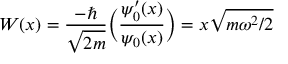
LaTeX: W ( x ) = { \frac { - \hbar } { \sqrt { 2 m } } } { \bigg ( } { \frac { \psi _ { 0 } ^ { \prime } ( x ) } { \psi _ { 0 } ( x ) } } { \bigg ) } = x { \sqrt { m \omega ^ { 2 } / 2 } }